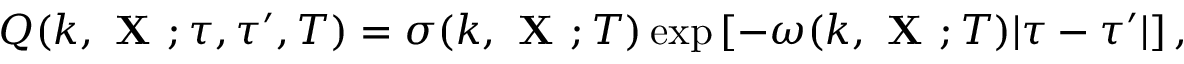
Q ( k , { \textbf { X } } ; \tau , \tau ^ { \prime } , T ) = \sigma ( k , { \textbf { X } } ; T ) \exp \left[ { - \omega ( k , { \textbf { X } } ; T ) | \tau - \tau ^ { \prime } | } \right] ,